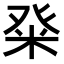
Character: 𭽀